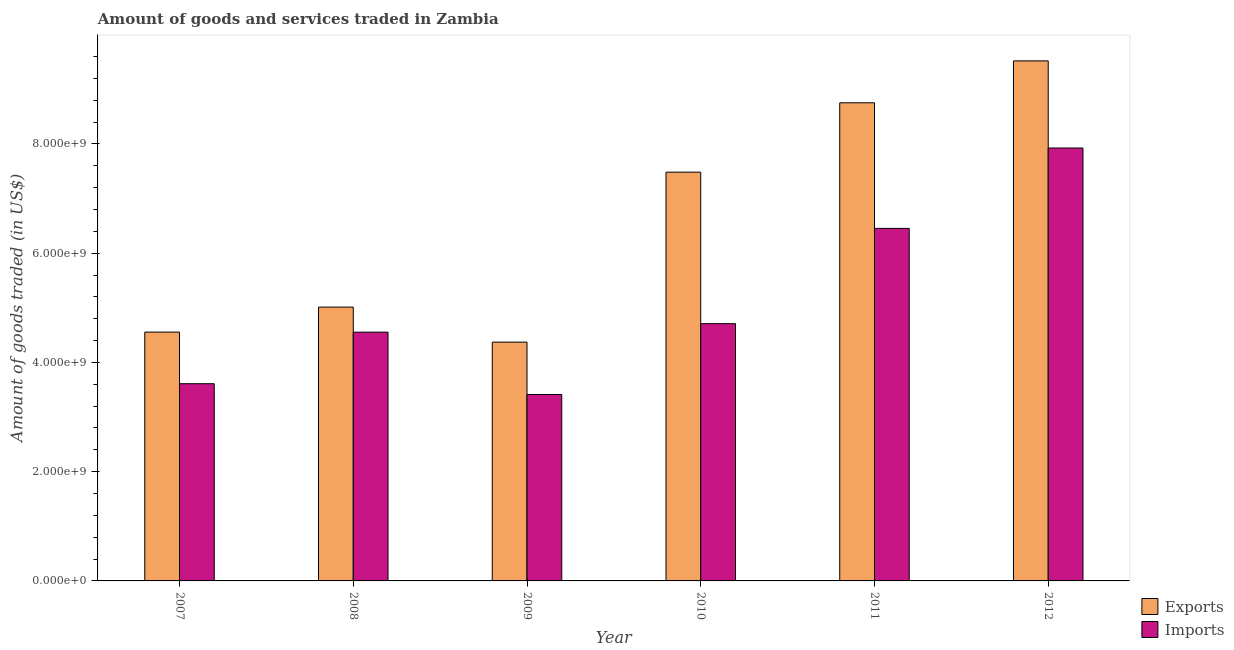
| Year | Exports | Imports |
 | --- | --- | --- |
 | 2007 | 4.56e+09 | 3.61e+09 |
 | 2008 | 5.01e+09 | 4.55e+09 |
 | 2009 | 4.37e+09 | 3.41e+09 |
 | 2010 | 7.48e+09 | 4.71e+09 |
 | 2011 | 8.75e+09 | 6.45e+09 |
 | 2012 | 9.52e+09 | 7.93e+09 |